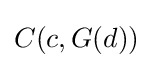
C(c,G(d))